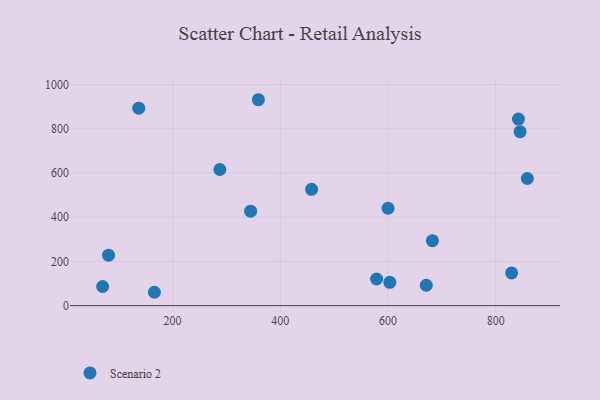
{"axis": {"x": "Ad Spend", "y": "Fuel Efficiency"}, "legend": ["Scenario 2"], "data": [{"x": "137.1", "y": 893.2, "type": "Scenario 2"}, {"x": "845.4", "y": 786.9, "type": "Scenario 2"}, {"x": "70.0", "y": 86.5, "type": "Scenario 2"}, {"x": "166.2", "y": 60.4, "type": "Scenario 2"}, {"x": "858.9", "y": 575.1, "type": "Scenario 2"}, {"x": "344.9", "y": 427.5, "type": "Scenario 2"}, {"x": "287.7", "y": 615.9, "type": "Scenario 2"}, {"x": "458.1", "y": 526.2, "type": "Scenario 2"}, {"x": "600.2", "y": 440.5, "type": "Scenario 2"}, {"x": "829.6", "y": 147.8, "type": "Scenario 2"}, {"x": "671.1", "y": 92.2, "type": "Scenario 2"}, {"x": "603.4", "y": 105.3, "type": "Scenario 2"}, {"x": "81.0", "y": 228.2, "type": "Scenario 2"}, {"x": "359.3", "y": 931.5, "type": "Scenario 2"}, {"x": "682.5", "y": 293.7, "type": "Scenario 2"}, {"x": "578.8", "y": 120.5, "type": "Scenario 2"}, {"x": "842.3", "y": 843.9, "type": "Scenario 2"}]}